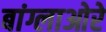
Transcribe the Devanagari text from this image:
बांग्लाओरे